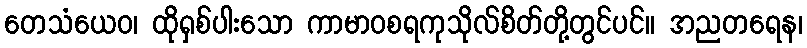
တေသံယေဝ၊ ထိုရှစ်ပါးသော ကာမာဝစရကုသိုလ်စိတ်တို့တွင်ပင်။ အညတရေန၊